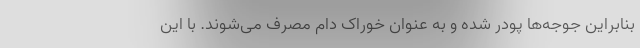
بنابراین جوجه‌ها پودر شده و به عنوان خوراک دام مصرف می‌شوند. با این